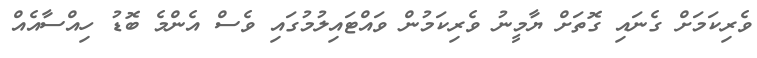
ވެރިކަމަށް ގެނައި ގޮތަށް ޔާމީނު ވެރިކަމުން ވައްޓައިލުމުގައި ވެސް އެންމެ ބޮޑު ހިއްސާއެއްް